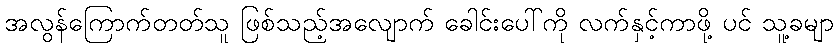
အလွန်ကြောက်တတ်သူ ဖြစ်သည့်အလျောက် ခေါင်းပေါ်ကို လက်နှင့်ကာဖို့ ပင် သူ့ခမျာ